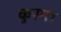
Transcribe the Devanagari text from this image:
कुस्मा